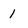
Character: 1